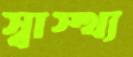
স্বাস্থ্য